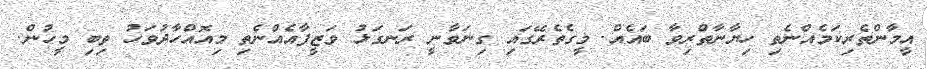
އީމާންތެރިކަމެއްނެތި ހިޔާނާތްރިވާ ބައެއް. މީގެތެރޭގައި ގިނަވާނީ ރަނގަޅު ވަޒީފާއެއްނެތި މިއޮއްހާދުވަހު ތިބި މީހުން.